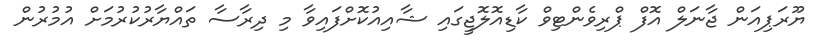
ޔޫރަޕިއަން ޖާނަލް އޮފް ޕްރިވެންޓިވް ކާޑިއޮލޮޖީގައި ޝާއިއުކޮށްފައިވާ މި ދިރާސާ ތައްޔާރުކުރުމަށް އުމުރުން